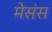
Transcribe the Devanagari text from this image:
मेसंस